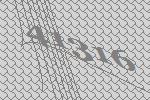
41316